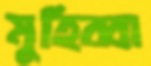
মুহিব্বা